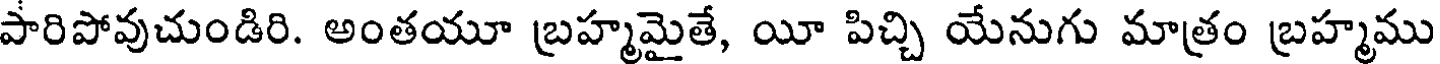
పారిపోవుచుండిరి. అంతయూ బ్రహ్మమైతే, యీ పిచ్చి యేనుగు మాత్రం బ్రహ్మము